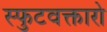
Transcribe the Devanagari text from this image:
स्फुटवक्तारो